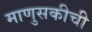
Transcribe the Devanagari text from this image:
माणुसकीची